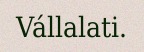
Vállalati.